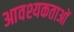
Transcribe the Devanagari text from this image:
आवश्यकताआें